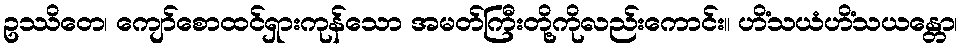
ဥဿိတေ၊ ကျော်စောထင်ရှားကုန်သော အမတ်ကြီးတို့ကိုလည်းကောင်း။ ဟိံသယံဟိံသယန္တော၊